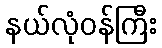
နယ်လုံဝန်ကြီး